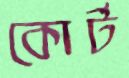
কোর্ট